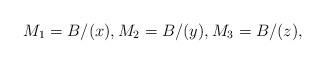
\begin{align*}M_1 = B/(x), M_2 = B/(y), M_3 = B/(z),\end{align*}